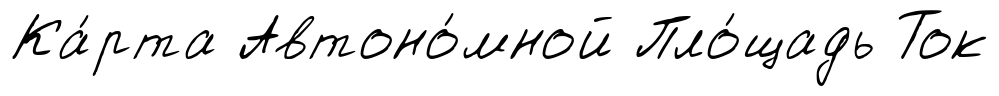
Ка́рта Автоно́мной Пло́щадь Ток